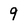
Character: 9